Report on the working of the Ranchi Indian Mental Hospital, Kanke, in Bihar and Orissa - 1930-1940
Year: 1930
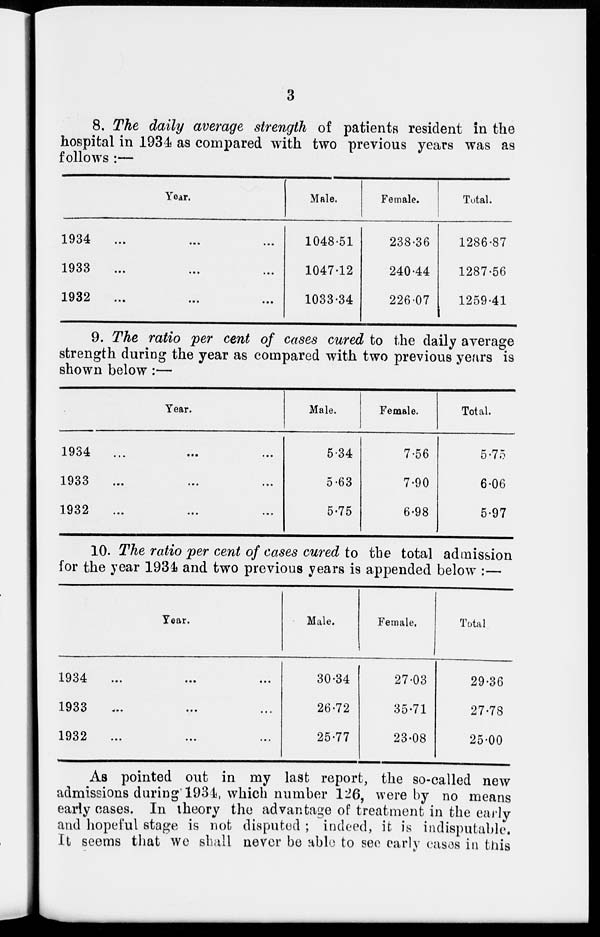
3
8. The daily average strength of patients resident in the
hospital in 1934 as compared with two previous years was as
follows :—
Year.
1934 ... ... ...
1933 ... ... ...
1932
... ... ...
Male.
1048.51
1047.12
1033.34
Female.
238.36
240.44
226.07
Total.
1286.87
1287.56
1259.41
9. The ratio per cent of cases cured to the daily average
strength during the year as compared with two previous years is
shown below :—
Year.
1934
... ... ...
1933 ... ... ...
1932 ... ... ...
Male.
5.34
5.63
5.75
Female.
7.56
7.90
6.98
Total.
5.75
6.06
5.97
10. The ratio per cent of cases cured to the total admission
for the year 1934 and two previous years is appended below :—
Year.
1934 ... ... ...
1933 ... ... ...
1932 ... ... ...
Male.
30.34
26.72
25.77
Female.
27.03
35.71
23.08
Total
29.36
27.78
25.00
As pointed out in my last report, the so-called new
admissions during 1934, which number 126, were by no means
early cases. In theory the advantage of treatment in the early
and hopeful stage is not disputed ; indeed, it is indisputable.
It seems that we shall never be able to see early cases in this